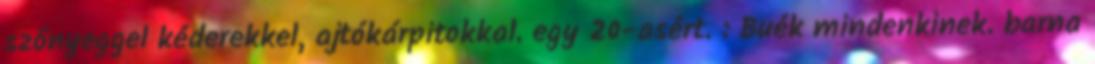
szőnyeggel kéderekkel, ajtókárpitokkal. egy 20-asért. : Buék mindenkinek. barna